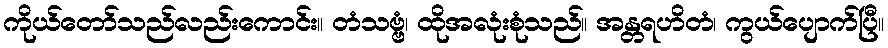
ကိုယ်တော်သည်လည်းကောင်း။ တံသဗ္ဗံ၊ ထိုအလုံးစုံသည်။ အန္တရဟိတံ၊ ကွယ်ပျောက်ပြီ။